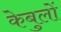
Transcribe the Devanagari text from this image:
केबुलों